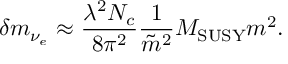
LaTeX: \delta m _ { \nu _ { e } } \approx { \frac { \lambda ^ { 2 } N _ { c } } { 8 \pi ^ { 2 } } } { \frac { 1 } { \tilde { m } ^ { 2 } } } M _ { \mathrm { S U S Y } } m ^ { 2 } .